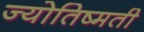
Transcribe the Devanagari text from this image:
ज्योतिष्मती